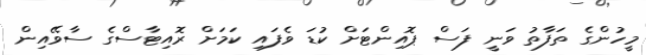
މީހުންގެ ތަފާތު ވަނީ ފަސް ޕޮއިންޓަށް ކުޑަ ވެފައި ކަމަށް ރޮއިޓާސްގެ ސާވޭއިން